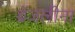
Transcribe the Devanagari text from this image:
ब्रेंजलीना